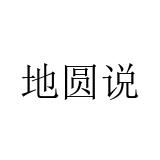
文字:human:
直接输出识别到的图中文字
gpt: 地圆说